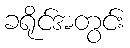
ခရိုင်အတွင်း